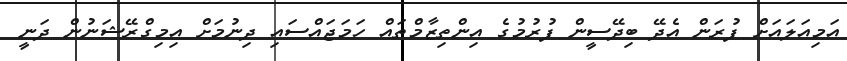
އަމިއަލައަށް ފުރަން އެދޭ ބިދޭސީން ފުރުމުގެ އިންތިޒާމްތައް ހަމަޖައްސައި ދިނުމަށް އިމިގްރޭޝަނުން ދަނީ